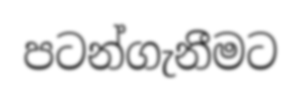
පටන්ගැනීමට